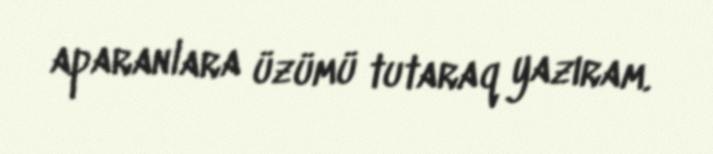
aparanlara üzümü tutaraq yazıram.